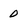
Character: 0